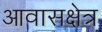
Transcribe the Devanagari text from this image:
आवासक्षेत्र